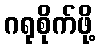
ဂရုစိုက်ဖို့